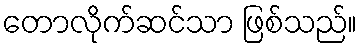
တောလိုက်ဆင်သာ ဖြစ်သည်။